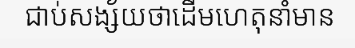
ជាប់សង្ស័យថាដើមហេតុនាំមាន